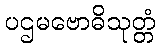
ပဌမဗောဓိသုတ္တံ